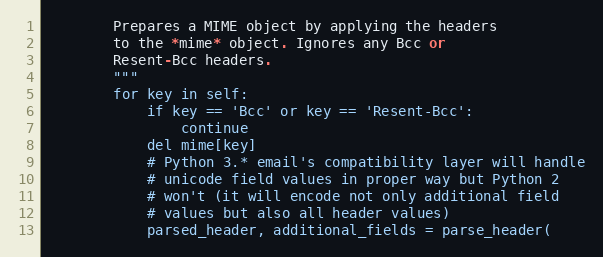
Language: Python
        Prepares a MIME object by applying the headers
        to the *mime* object. Ignores any Bcc or
        Resent-Bcc headers.
        """
        for key in self:
            if key == 'Bcc' or key == 'Resent-Bcc':
                continue
            del mime[key]
            # Python 3.* email's compatibility layer will handle
            # unicode field values in proper way but Python 2
            # won't (it will encode not only additional field
            # values but also all header values)
            parsed_header, additional_fields = parse_header(